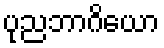
ပုညဘာဂိယော